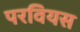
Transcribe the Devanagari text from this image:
परवियस